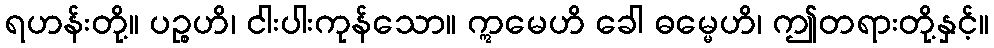
ရဟန်းတို့။ ပဉ္စဟိ၊ ငါးပါးကုန်သော။ ဣမေဟိ ခေါ ဓမ္မေဟိ၊ ဤတရားတို့နှင့်။